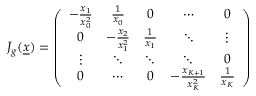
\begin{array} { r } { J _ { g } ( \underline { { x } } ) = \left( \begin{array} { c c c c c } { - \frac { x _ { 1 } } { x _ { 0 } ^ { 2 } } } & { \frac { 1 } { x _ { 0 } } } & { 0 } & { \cdots } & { 0 } \\ { 0 } & { - \frac { x _ { 2 } } { x _ { 1 } ^ { 2 } } } & { \frac { 1 } { x _ { 1 } } } & { \ddots } & { \vdots } \\ { \vdots } & { \ddots } & { \ddots } & { \ddots } & { 0 } \\ { 0 } & { \cdots } & { 0 } & { - \frac { x _ { K + 1 } } { x _ { K } ^ { 2 } } } & { \frac { 1 } { x _ { K } } } \end{array} \right) } \end{array}